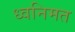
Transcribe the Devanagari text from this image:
ध्वनिमत